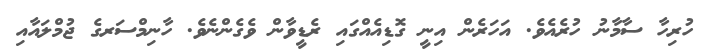
ހުރިހާ ސާމާނު ހުރެއެވެ. އަހަރެން އިނީ ގޮޑިއެއްގައި ރެޑީވާން ވެގެންނެވެ. ހާނިމްސަރގެ ޖުމްލައާއި